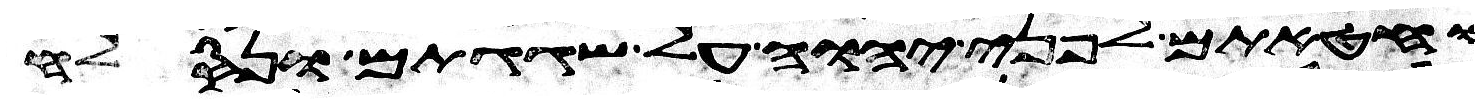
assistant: וחטאתם לפני יהוה על שגגתם ונסלח